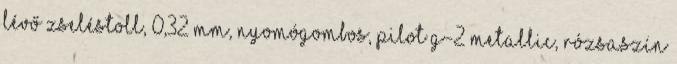
lévő Zseléstoll, 0,32 mm, nyomógombos, PILOT G-2 Metallic, rózsaszín